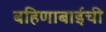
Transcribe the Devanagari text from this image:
बहिणाबाईची